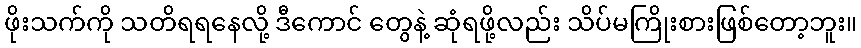
ဖိုးသက်ကို သတိရရနေလို့ ဒီကောင် တွေနဲ့ ဆုံရဖို့လည်း သိပ်မကြိုးစားဖြစ်တော့ဘူး။